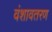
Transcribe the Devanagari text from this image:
वंशावतरण